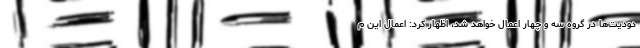
دودیت‌ها در گروه سه و چهار اعمال خواهد شد، اظهار کرد: اعمال این م